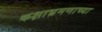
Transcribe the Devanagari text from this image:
कक्षाभ्रमणाच्या